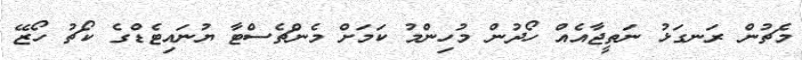
މެޗުން ރަނގަޅު ނަތީޖާއެއް ހޯދުން މުހިންމު ކަމަށް މެންޗެސްޓާ ޔުނައިޓެޑްގެ ކޯޗު ހޯޒޭ